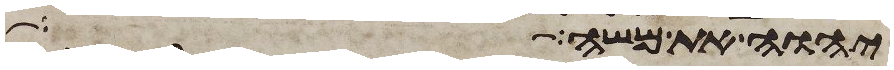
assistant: יהוה את משה אל